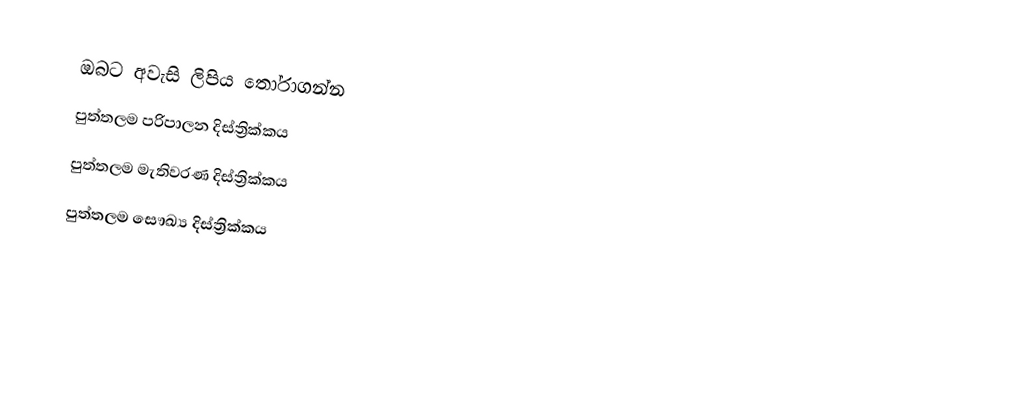
ඔබට අවැසි ලිපිය තෝරාගන්න
 පුත්තලම පරිපාලන දිස්ත්‍රික්කය
 පුත්තලම මැතිවරණ දිස්ත්‍රික්කය
 පුත්තලම සෞඛ්‍ය දිස්ත්‍රික්කය